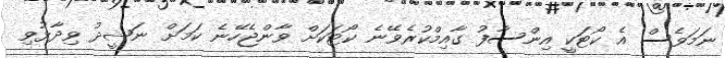
ނަމަވެސް އެ ކޯޓަކީ އިންސާފު ގާއިމްކުރެވޭނެ ކޯޓަކަށް ވާންޖެހޭނެ ކަމަށް ނަޝީދު ވިދާޅުވި